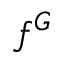
f ^ { G }